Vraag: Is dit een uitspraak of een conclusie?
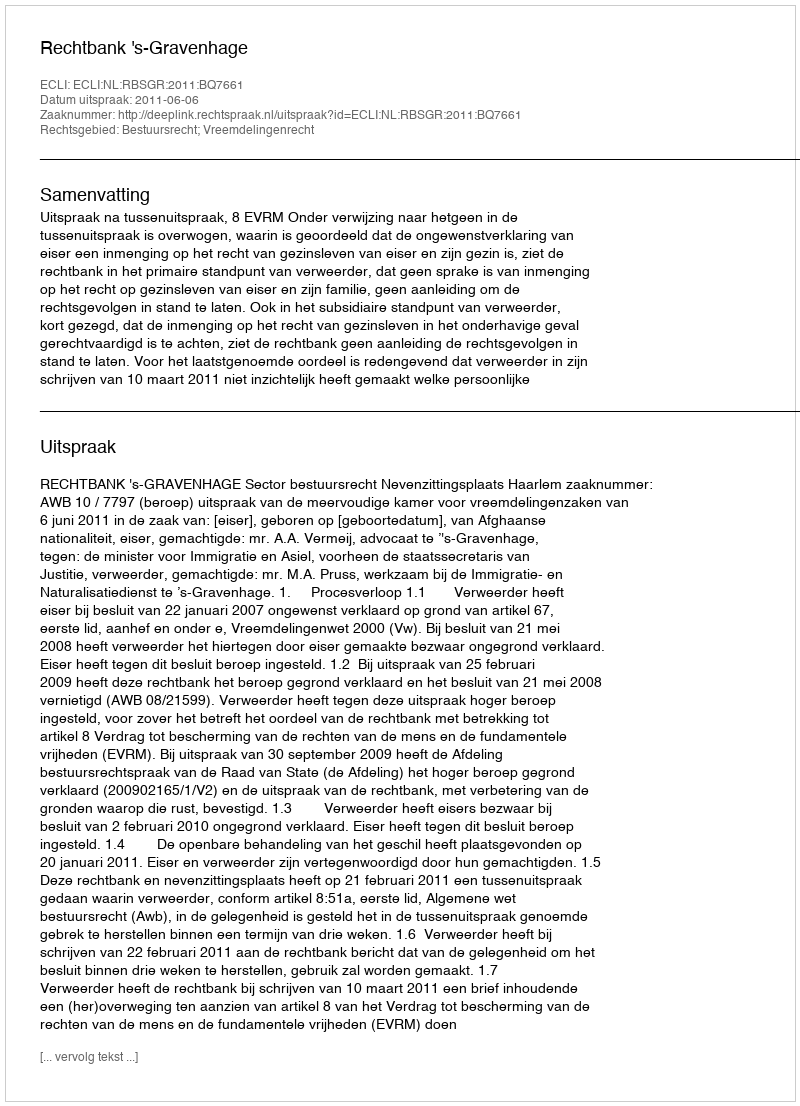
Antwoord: Uitspraak